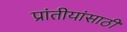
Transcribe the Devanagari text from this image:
प्रांतीयांसाठी